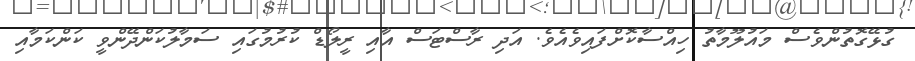
ގުޅޭގޮތުންވެސް މައުލޫމާތު ހިއްސާކޮށްފައިވެއެވެ. އަދި ރާސްޓަސް އާއި ރީލޯޑް ކުރުމުގައި ސަމާލުކަންދޭންވީ ކަންކަމާއި